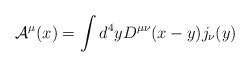
\begin{align*}{\cal A}^\mu (x) = \int d^4 y D^{\mu\nu} (x-y) j_\nu (y)\end{align*}